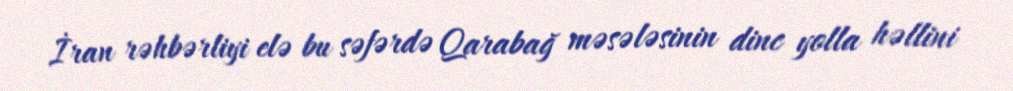
İran rəhbərliyi elə bu səfərdə Qarabağ məsələsinin dinc yolla həllini